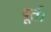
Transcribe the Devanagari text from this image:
पूर्त।